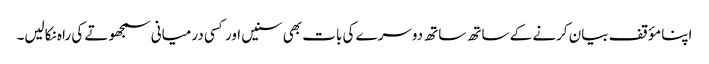
اپنا مؤقف بیان کرنے کے ساتھ ساتھ دوسرے کی بات بھی سنیں اور کسی درمیانی سمجھوتے کی راہ نکالیں۔